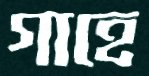
গাহে